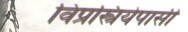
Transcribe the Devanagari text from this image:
विप्रस्त्रियेपासी